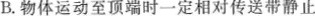
B.物体运动至顶端时一定相对传送带静止